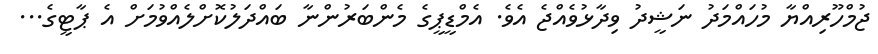
ޖުމްހޫރިއްޔާ މުހައްމަދު ނަޝީދު ވިދާޅުވެއްޖެ އެވެ. އެމްޑީޕީގެ މެންބަރުންނާ ބައްދަލުކޮށްލެއްވުމަށް އެ ޕާޓީގެ...